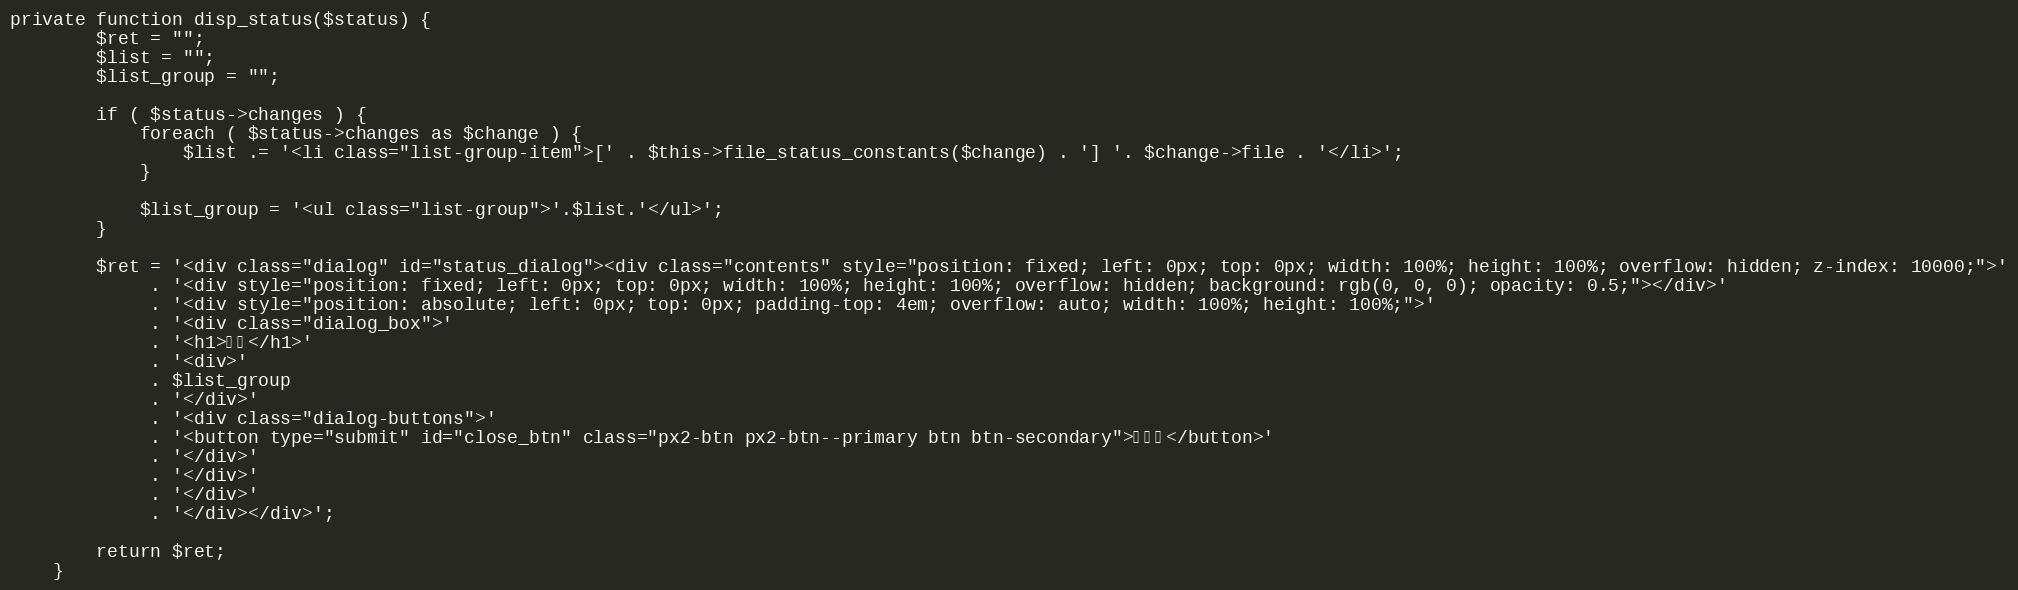
Language: PHP
private function disp_status($status) {
		$ret = "";
		$list = "";
		$list_group = "";

		if ( $status->changes ) {
			foreach ( $status->changes as $change ) {
				$list .= '<li class="list-group-item">[' . $this->file_status_constants($change) . '] '. $change->file . '</li>';
			}

			$list_group = '<ul class="list-group">'.$list.'</ul>';
		}

		$ret = '<div class="dialog" id="status_dialog"><div class="contents" style="position: fixed; left: 0px; top: 0px; width: 100%; height: 100%; overflow: hidden; z-index: 10000;">'
			 . '<div style="position: fixed; left: 0px; top: 0px; width: 100%; height: 100%; overflow: hidden; background: rgb(0, 0, 0); opacity: 0.5;"></div>'
			 . '<div style="position: absolute; left: 0px; top: 0px; padding-top: 4em; overflow: auto; width: 100%; height: 100%;">'
			 . '<div class="dialog_box">'
			 . '<h1>状態</h1>'
			 . '<div>'
			 . $list_group
			 . '</div>'
			 . '<div class="dialog-buttons">'
			 . '<button type="submit" id="close_btn" class="px2-btn px2-btn--primary btn btn-secondary">閉じる</button>'
			 . '</div>'
			 . '</div>'
			 . '</div>'
			 . '</div></div>';

		return $ret;
	}